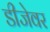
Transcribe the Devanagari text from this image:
डीजेवर